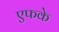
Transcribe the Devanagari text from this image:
एफके